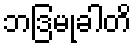
ဘဒြမုခါတိ